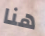
هنا